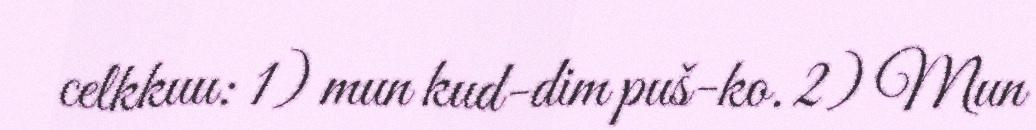
celkkuu: 1) mun kud-dim puš-ko. 2) Mun